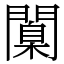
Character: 闑